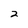
Character: 2